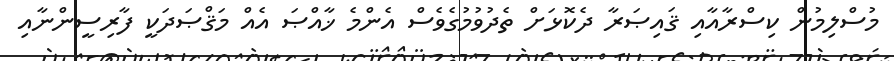
މުސްލިމުން ކިސްރާއާއި ޤައިޞަރާ ދެކޮޅަށް ތެދުވުމުގެވެސް އެންމެ ޚާއްޞަ އެއް މަޤްޞަދަކީ ފާރިސީންނާއި